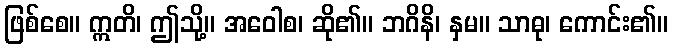
ဖြစ်စေ။ ဣတိ၊ ဤသို့။ အဝေါစ၊ ဆို၏။ ဘဂိနိ၊ နှမ။ သာဓု၊ ကောင်း၏။